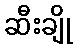
ဆီးချို